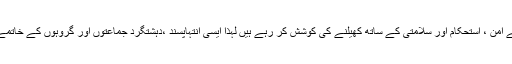
انہوں نے کہا کہ داعش اور ان جیسے گروہ اسلامی ممالک کے امن ، استحکام اور سلامتی کے ساتھ کھیلنے کی کوشش کر رہے ہیں لہذا ایسی انتہاپسند ،دہشتگرد جماعتوں اور گروہوں کے خاتمے کیلئے ملت اسلامیہ کے قائدین کو اپناکردار ادا کرنا چاہیے ۔